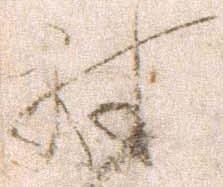
討